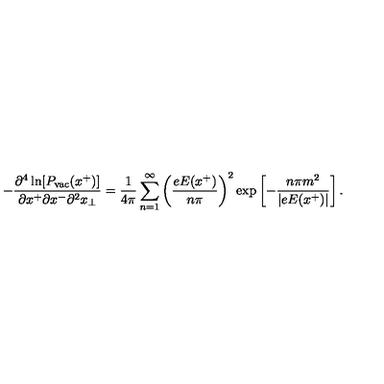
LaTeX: - { \frac { \partial ^ { 4 } \ln [ P _ { \mathrm { v a c } } ( x ^ { + } ) ] } { \partial x ^ { + } \partial x ^ { - } \partial ^ { 2 } x _ { \bot } } } = { \frac { 1 } { 4 \pi } } \sum _ { n = 1 } ^ { \infty } \left( { \frac { e E ( x ^ { + } ) } { n \pi } } \right) ^ { 2 } \exp \left[ - { \frac { n \pi m ^ { 2 } } { \vert e E ( x ^ { + } ) \vert } } \right] .